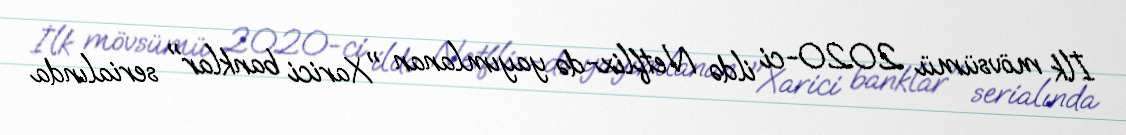
İlk mövsümü 2020-ci ildə Netflix-də yayımlanan "Xarici banklar" serialında